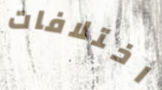
اختلافات